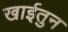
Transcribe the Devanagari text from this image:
खाईतुन